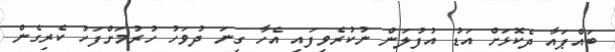
ބައްޕައާ ދެކޮޅަށް އަޑު އުފުލަން ނުކުރެވިފައި އެހާ ގިނަ ދުވަހު ހުރުމަށްފަހު ކެރިގެން